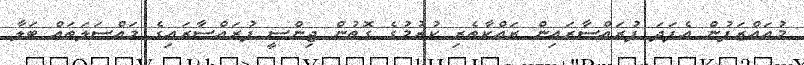
މުއައްޒަފުން އެފަދަ ފުރައްސާރައިން ރައްކާތެރި ކުރުމުގެ ގޮތުން ޖިންސީ ފުރައްސާރައިގެ މައްސަލަތައް ބަލާ